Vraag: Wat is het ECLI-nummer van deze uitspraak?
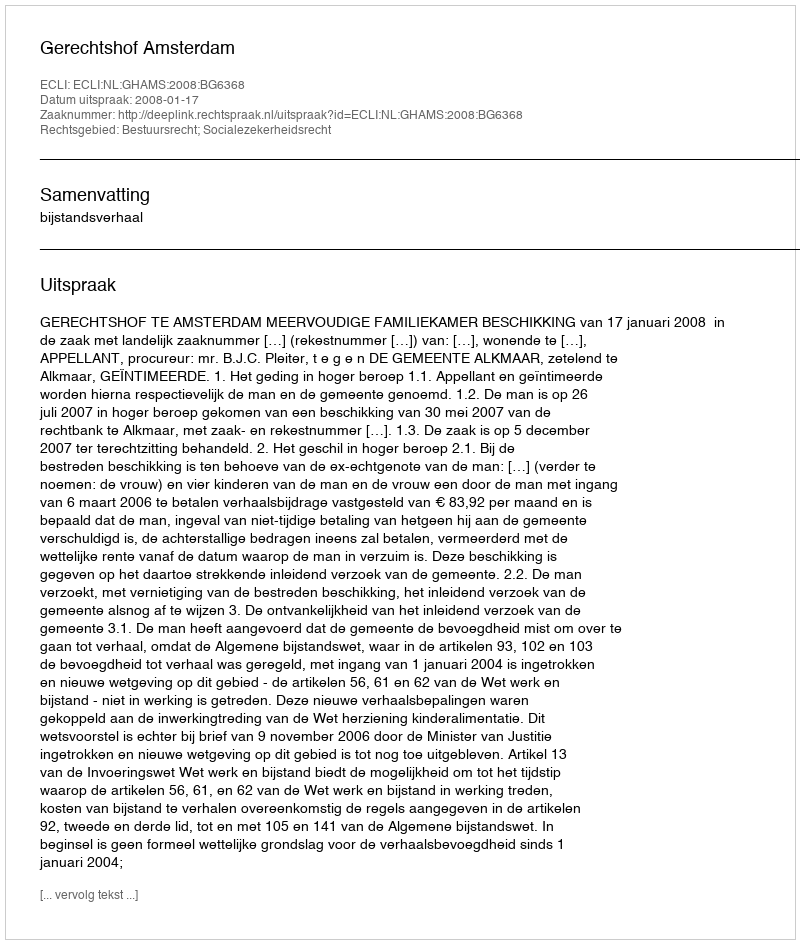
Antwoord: ECLI:NL:GHAMS:2008:BG6368